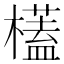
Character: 㯼